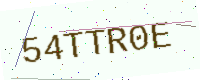
Text: 54TTR0E